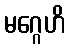
မဂ္ဂေဟိ